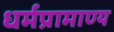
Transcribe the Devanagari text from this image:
धर्मप्रामाण्य